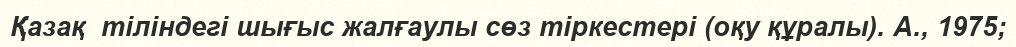
Қазақ  тіліндегі шығыс жалғаулы сөз тіркестері (оқу құралы). А., 1975;